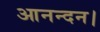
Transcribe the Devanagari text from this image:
आनन्दन।